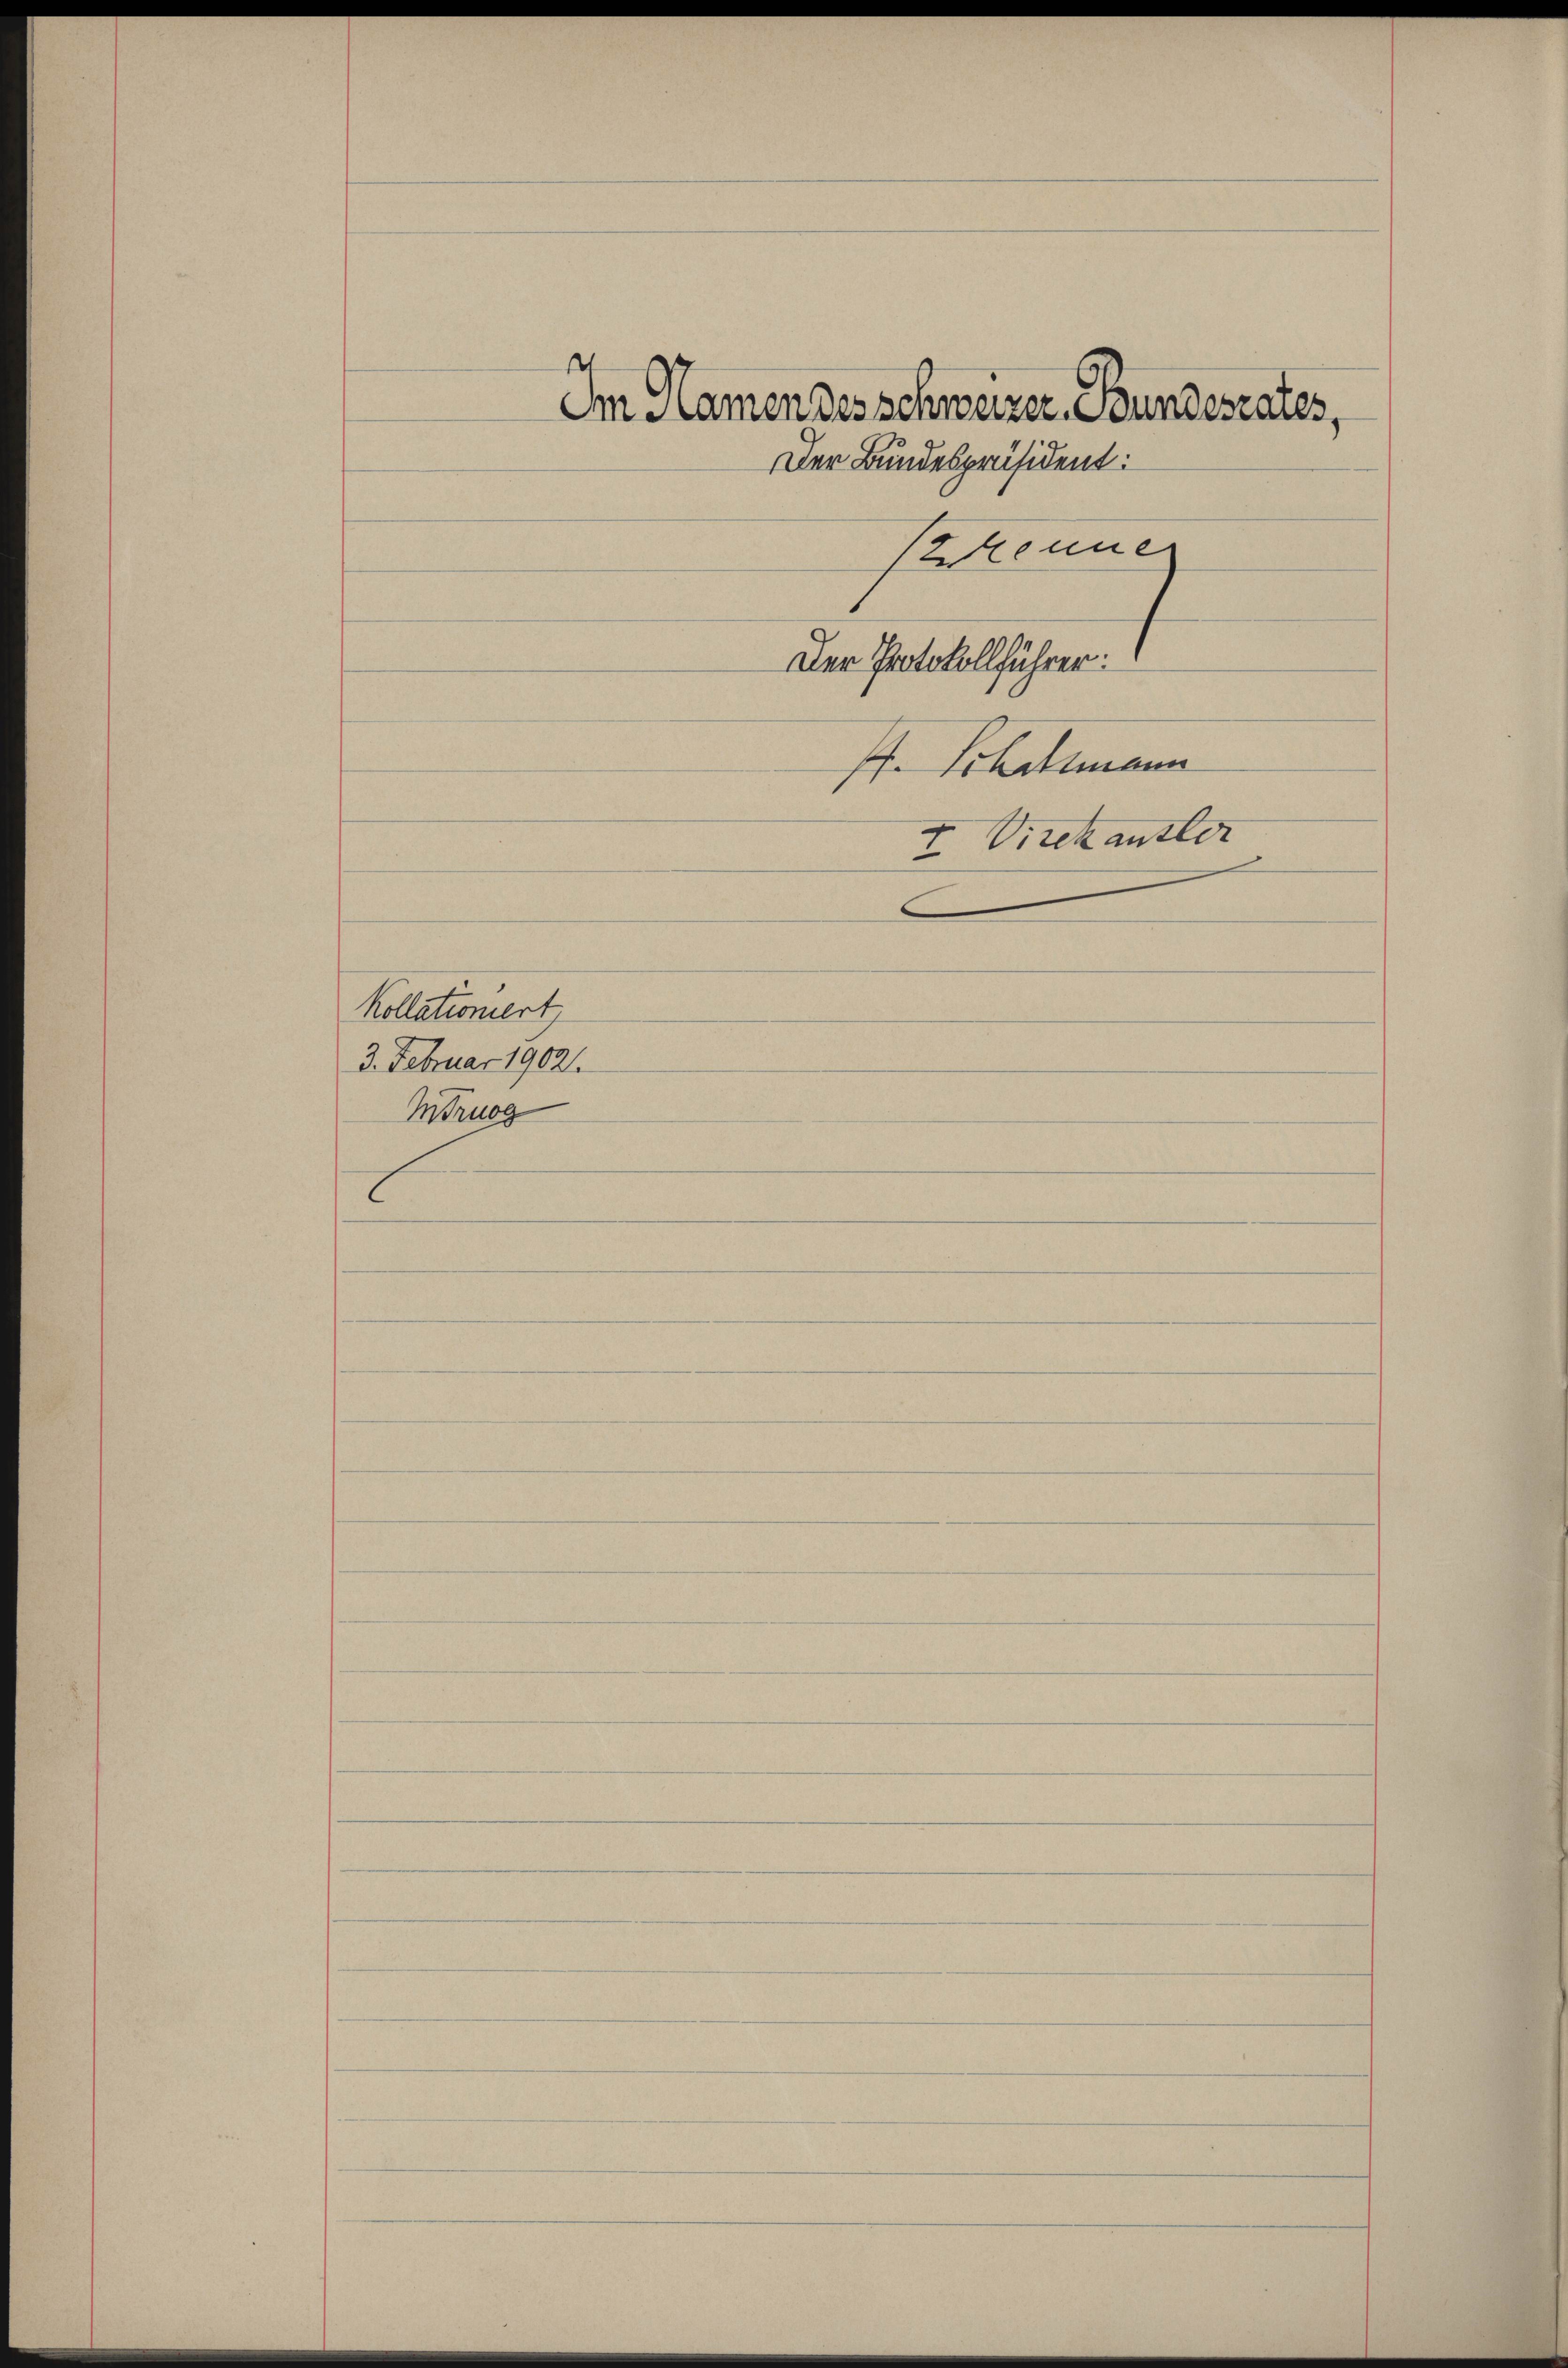
Kollationiert
3. Februar 1902.
Mruog

Im Namen des schweizer. Bundesrates,
Der Bundespräsident:
Brenne
Der Protokollführer:
Pf. Schottmann
I Virchausler